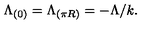
\Lambda _ { ( 0 ) } = \Lambda _ { ( \pi R ) } = - \Lambda / k .